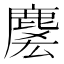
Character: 𪊱